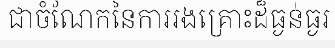
ជាចំណែកនៃការរងគ្រោះដ៏ធ្ងន់ធ្ងរ